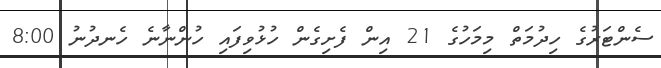
ސެންޓަރުގެ ހިދުމަތް މިމަހުގެ 21 އިން ފެށިގެން ހުޅުވިފައި ހުންނާނެ ހެނދުނު 8:00